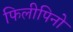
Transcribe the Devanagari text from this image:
फिलीपिनो